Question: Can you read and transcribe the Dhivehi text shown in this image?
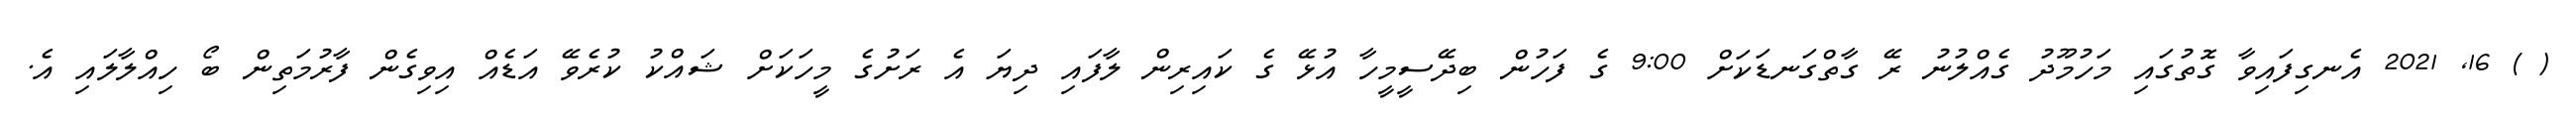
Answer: ( ) 16, 2021 އެނގިފައިވާ ގޮތުގައި މަހުމޫދު ގެއްލުނު ރޭ ގާތްގަނޑަކަށް 9:00 ގެ ފަހުން ބިދޭސީމީހާ އުޅޭ ގެ ކައިރިން ލާފައި ދިޔަ އެ ރަށުގެ މީހަކަށް ޝައްކު ކުރެވޭ އަޑެއް އިވިގެން ފާރުމަތިން ބޯ ހިއްލާލައި އެ.